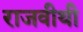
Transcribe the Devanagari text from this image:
राजवीथी